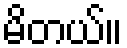
မိတယ်။